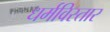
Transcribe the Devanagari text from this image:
धर्मविस्तार